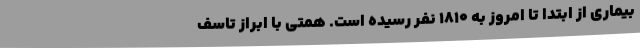
بیماری از ابتدا تا امروز به 1810 نفر رسیده است. همتی با ابراز تاسف